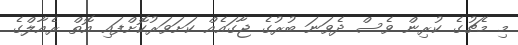
މި މެޗުގެ ކުރިން ވެސް ދެވަނަ ބުރުގެ ޖާގައެއް ކަށަވަރުކޮށްފައި އޮތް ރެއާލްގެ